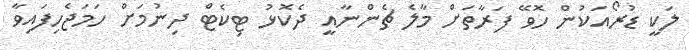
ލަކީ ޑުރޯއަކުން ހޮވޭ ފަރާތަށް މާލެ ޗެންނާއީ ދެކޮޅު ޓިކެޓް ދިނުމަށް ހަމަޖެހިފައިވާ